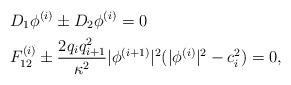
LaTeX: \begin{align*}& D_1\phi^{(i)}\pm D_2\phi^{(i)}=0\\& F_{12}^{(i)}\pm \frac{2q_iq^2_{i+1}}{\kappa^2}|\phi^{(i+1)}|^2(|\phi^{(i)}|^2-c_i^2)=0,\end{align*}